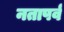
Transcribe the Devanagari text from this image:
नतापर्व